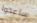
ساعدوا